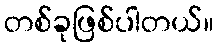
တစ်ခုဖြစ်ပါတယ်။